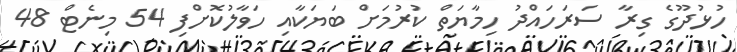
ހުޅުދޫގެ ގިރާ ސަރަހައްދު ހިމާޔަތް ކުރުމަށް ބަޔަކާއި ހަވާލުކޮށްފި 54 މިނެޓް 48